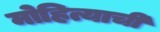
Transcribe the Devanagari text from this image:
मोहित्याची